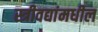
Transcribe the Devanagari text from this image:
स्त्रीवद्यांमधील